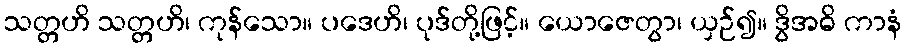
သတ္တဟိ သတ္တဟိ၊ ကုန်သော။ ပဒေဟိ၊ ပုဒ်တို့ဖြင့်။ ယောဇေတွာ၊ ယှဉ်၍။ ဒွိအဓိ ကာနံ